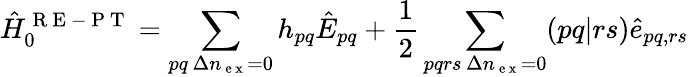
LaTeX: \hat{H}_{0}^{\mathrm{~R~E~-~P~T~}}=\sum_{\substack{pq\, \Delta n_{\mathrm{~e~x~}}=0}}h_{pq}\hat{E}_{pq}+\frac{1}{2}\sum_{\substack{pqrs\, \Delta n_{\mathrm{~e~x~}}=0}}(pq|rs)\hat{e}_{pq,rs}